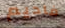
فاديم